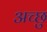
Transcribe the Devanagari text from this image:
अच्छु